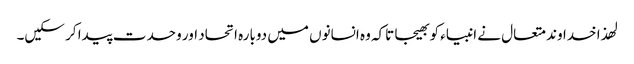
لھذا خداوند متعال نے انبیاء کو بھیجا تاکہ وہ انسانوں میں دوبارہ اتحاد اور وحدت پیدا کر سکیں۔